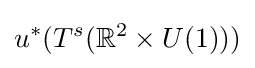
u^{*}(T^{s}(\mathbb {R} ^{2}\times U(1)))